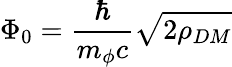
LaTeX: \Phi_{0}=\frac{\hbar}{m_{\phi}c}\sqrt{2\rho_{DM}}